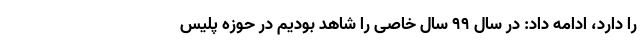
را دارد، ادامه داد: در سال ۹۹ سال خاصی را شاهد بودیم در حوزه پلیس